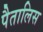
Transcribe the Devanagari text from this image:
पैतालिस